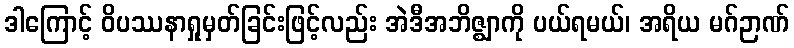
ဒါကြောင့် ဝိပဿနာရှုမှတ်ခြင်းဖြင့်လည်း အဲဒီအဘိဇ္ဈာကို ပယ်ရမယ်၊ အရိယ မဂ်ဉာဏ်